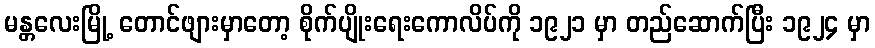
မန္တလေးမြို့ တောင်ဖျားမှာတော့ စိုက်ပျိုးရေးကောလိပ်ကို ၁၉၂၁ မှာ တည်ဆောက်ပြီး ၁၉၂၄ မှာ